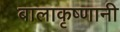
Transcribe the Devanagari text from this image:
बालाकृष्णानी